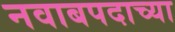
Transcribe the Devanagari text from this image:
नवाबपदाच्या